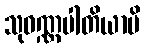
သုဝဏ္ဏပါတိယာပိ